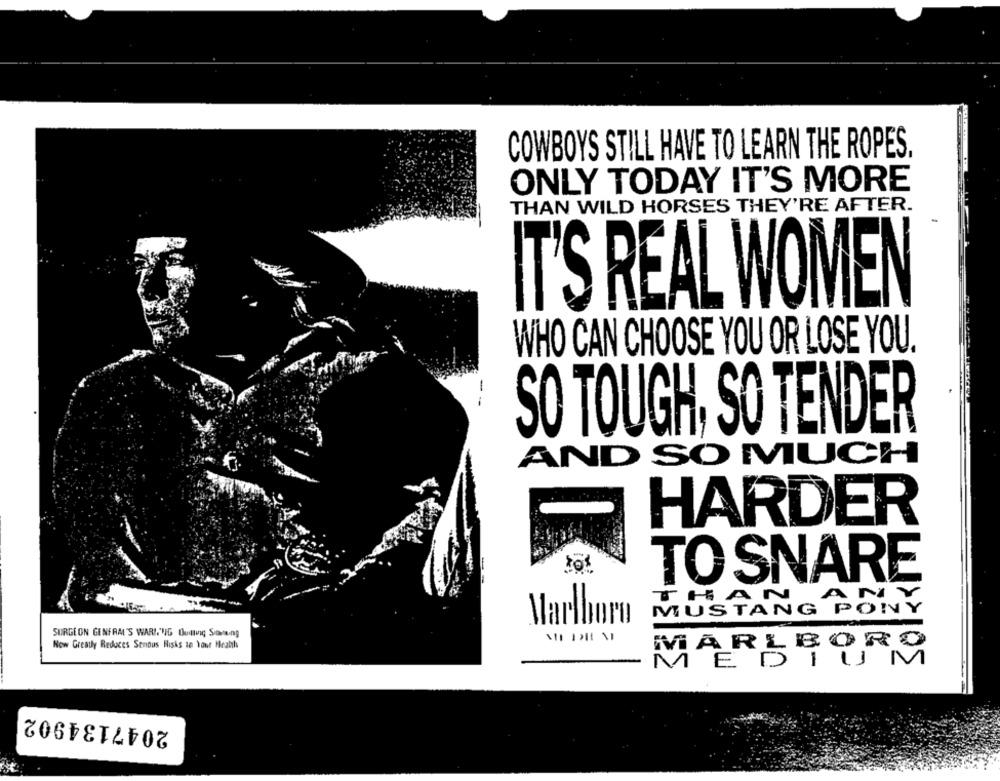
COWBOYS STILL HAVE TO LEARN THE ROPES.
ONLY TODAY IT'S MORE
THAN WILD HORSES THEY'RE AFTER.
T'S REAL WOMEN
WHO CAN CHOOSE YOU OR LOSE YOU.
--
SO TOUGH, SO TENDER
AND SO MUCH
HARDER
TO SNARE
MUSTANG POLY
Marlboro
SURGEON GENFAM'S WARING Oudling SomRing
Now Greatly Reduces Senous Risks to Your Heath
MARS BOF
-
2047134902